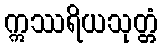
ဣဿရိယသုတ္တံ